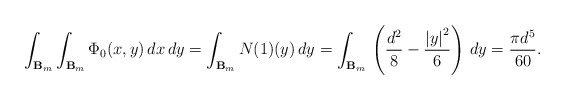
\begin{align*}\int_{\mathbf{B}_m}\int_{\mathbf{B}_m}\Phi_{0}(x, y)\,dx\,dy=\int_{\mathbf{B}_m}N(1)(y)\,dy=\int_{\mathbf{B}_m} \, \left( \frac{d^{2}}{8} - \frac{\left\vert y \right\vert^{2}}{6} \right) \, dy=\frac{\pi d^5}{60}.\end{align*}